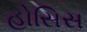
હોસિસ